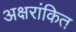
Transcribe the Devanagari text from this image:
अक्षरांकित